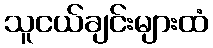
သူငယ်ချင်းများထံ